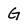
Character: G